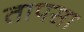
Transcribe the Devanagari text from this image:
तापसा